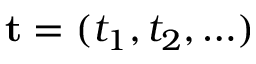
\mathbf { t } = ( t _ { 1 } , t _ { 2 } , \ldots )